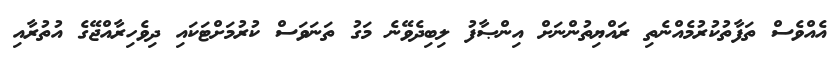
އެއްވެސް ތަފާތުކުރުމެއްނެތި ރައްޔިތުންނަށް އިންޞާފު ލިބިދެވޭނެ މަގު ތަނަވަސް ކުރުމަށްޓަކައި ދިވެހިރާއްޖޭގެ އުތުރާއި